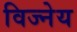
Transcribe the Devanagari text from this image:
विज्नेय